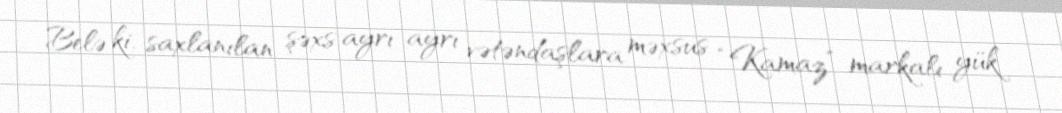
Belə ki, saxlanılan şəxs ayrı-ayrı vətəndaşlara məxsus “Kamaz” markalı yük